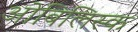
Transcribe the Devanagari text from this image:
ओबिलिस्क